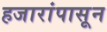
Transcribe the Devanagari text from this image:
हजारांपासून